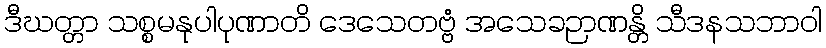
ဒီဃတ္တာ သစ္စမနုပါပုဏာတိ ဒေသေတဗ္ဗံ အသေခဉာဏန္တိ သီဒနသဘာဝါ